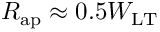
R _ { \mathrm { a p } } \approx 0 . 5 W _ { \mathrm { L T } }